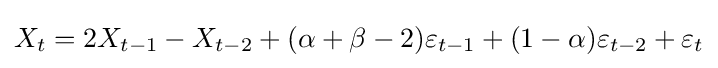
X_{t}=2X_{t-1}-X_{t-2}+(\alpha +\beta -2)\varepsilon _{t-1}+(1-\alpha )\varepsilon _{t-2}+\varepsilon _{t}